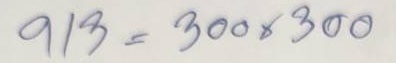
913 = 300 x 300